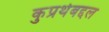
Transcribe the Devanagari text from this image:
कुप्रथेबद्दल